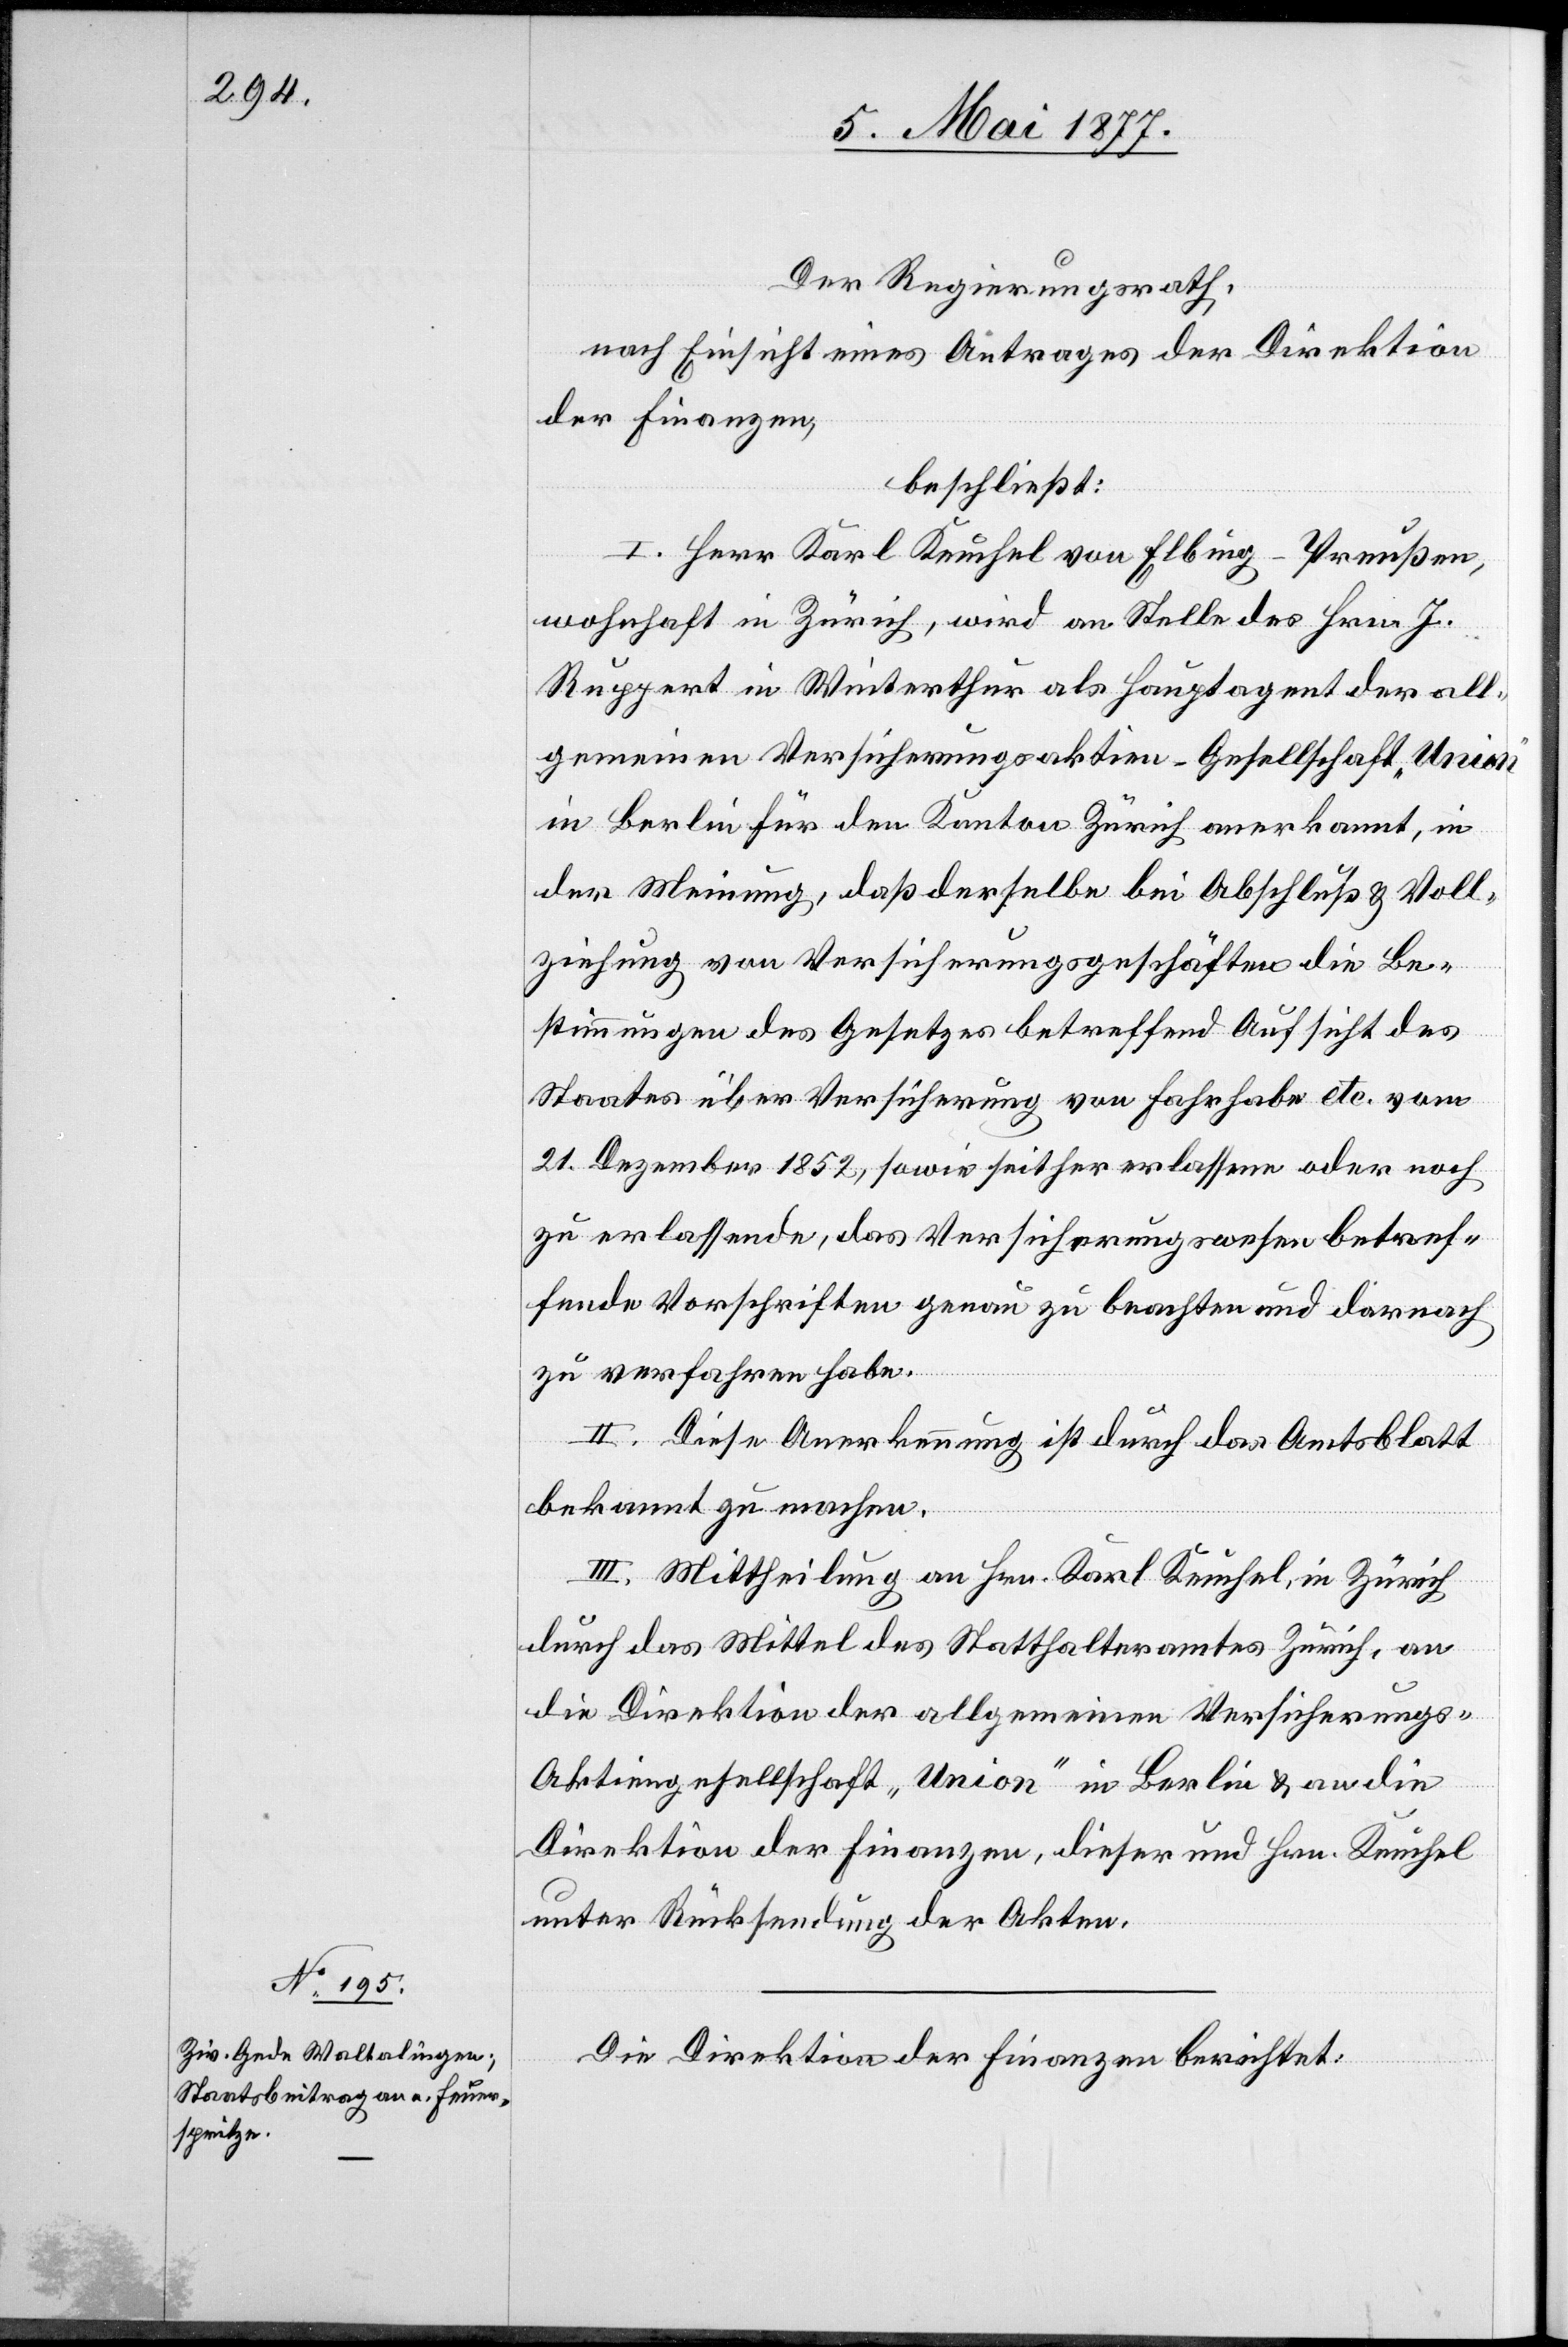
Der Regierungsrath,
nach Einsicht eines Antrages der Direktion
der Finanzen,
beschließt:
I. Herr Karl Keuchel von Elbing - Preußen,
wohnhaft in Zürich, wird an Stelle des Hrn. J.
Ruppert in Winterthur als Hauptagent der all¬
gemeinen Versicherungsaktien-Gesellschaft „Union“
in Berlin für den Kanton Zürich anerkannt, in
der Meinung, daß derselbe bei Abschluß & Voll¬
ziehung von Versicherungsgeschäften die Be¬
stimmungen des Gesetzes betreffend Aufsicht des
Staates über Versicherung von Fahrhabe etc. vom
21. Dezember 1852, sowie seither erlassene oder noch
zu erlassende, das Versicherungswesen betref¬
fende Vorschriften genau zu beachten und darnach
zu verfahren habe.
II. Diese Anerkennung ist durch das Amtsblatt
bekannt zu machen.
III. Mittheilung an Hrn. Karl Keuchel, in Zürich
durch das Mittel des Statthalteramtes Zürich, an
die Direktion der allgemeinen Versicherungs-A¬
ktiengesellschaft „Union“ in Berlin & an die
Direktion der Finanzen, dieser und Hrn. Keuchel
unter Rücksendung der Akten.
Die Direktion der Finanzen berichtet: